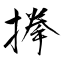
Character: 搼